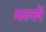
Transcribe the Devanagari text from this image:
मल्ले